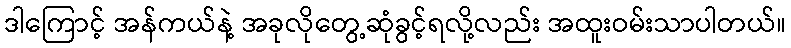
ဒါကြောင့် အန်ကယ်နဲ့ အခုလိုတွေ့ဆုံခွင့်ရလို့လည်း အထူးဝမ်းသာပါတယ်။